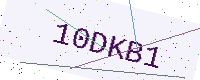
Text: 10DKB1